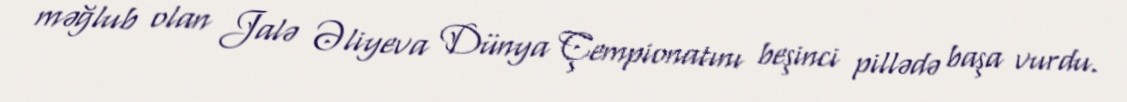
məğlub olan Jalə Əliyeva Dünya Çempionatını beşinci pillədə başa vurdu.